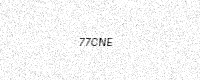
Text: 77CNE